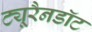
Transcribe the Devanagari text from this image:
ट्यूरैनडॉट